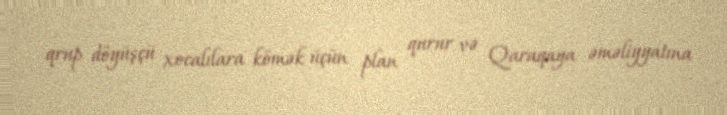
qrup döyüşçü xocalılara kömək üçün plan qurur və Qaraqaya əməliyyatına